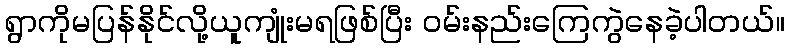
ရွာကိုမပြန်နိုင်လို့ယူကျုံးမရဖြစ်ပြီး ဝမ်းနည်းကြေကွဲနေခဲ့ပါတယ်။